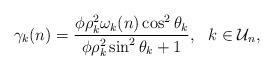
LaTeX: \begin{align*}\gamma_{k}(n)= \frac{\phi \rho_k^2 \omega_k(n) \cos^2\theta_k}{ \phi\rho_k^2\sin^2\theta_k+1 }, ~~ k \in \mathcal{U}_n,\end{align*}